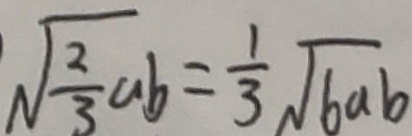
\sqrt { \frac { 2 } { 3 } a b } = \frac { 1 } { 3 } \sqrt { 6 a b }